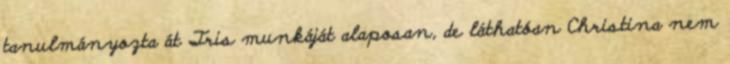
tanulmányozta át Tris munkáját alaposan, de láthatóan Christina nem